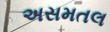
અસમતલ